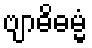
ဗျာဓိဓမ္မံ